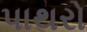
પાથરો